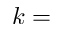
k =